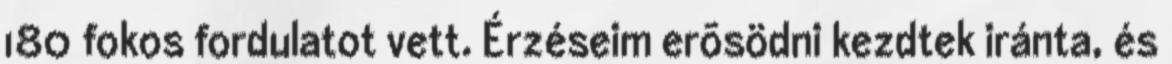
180 fokos fordulatot vett. Érzéseim erõsödni kezdtek iránta, és